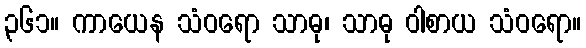
၃၆၁။ ကာယေန သံဝရော သာဓု၊ သာဓု ဝါစာယ သံဝရော။